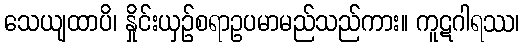
သေယျထာပိ၊ နှိုင်းယှဉ်စရာဥပမာမည်သည်ကား။ ကူဋဂါရဿ၊